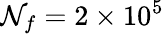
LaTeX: \mathcal{N}_{f}=2\times10^{5}